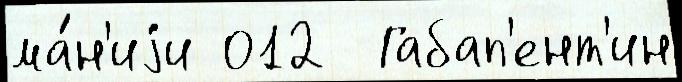
ма́н'иjи 012  Габап'ент'ин